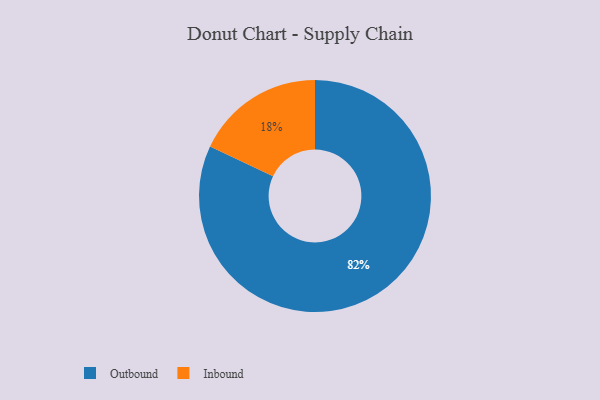
{"axis": {"x": "Category", "y": "Percentage"}, "legend": ["Inbound", "Outbound"], "data": [{"x": "Inbound", "y": 18, "type": "Inbound"}, {"x": "Outbound", "y": 82, "type": "Outbound"}]}